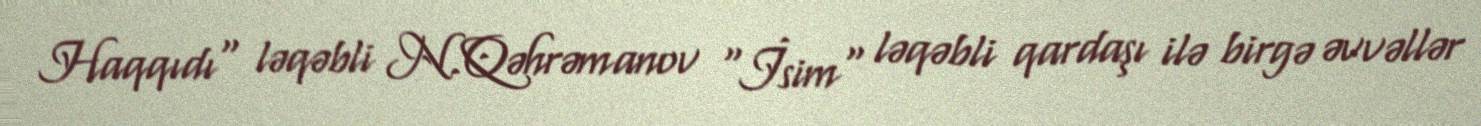
Haqqıdı" ləqəbli N.Qəhrəmanov "İsim" ləqəbli qardaşı ilə birgə əvvəllər